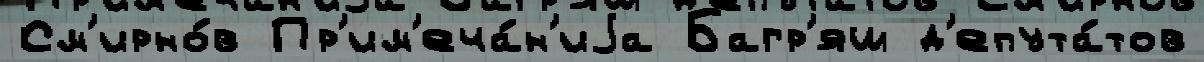
См'ирно́в Пр'им'еча́н'иjа Багр'яш д'епута́тов